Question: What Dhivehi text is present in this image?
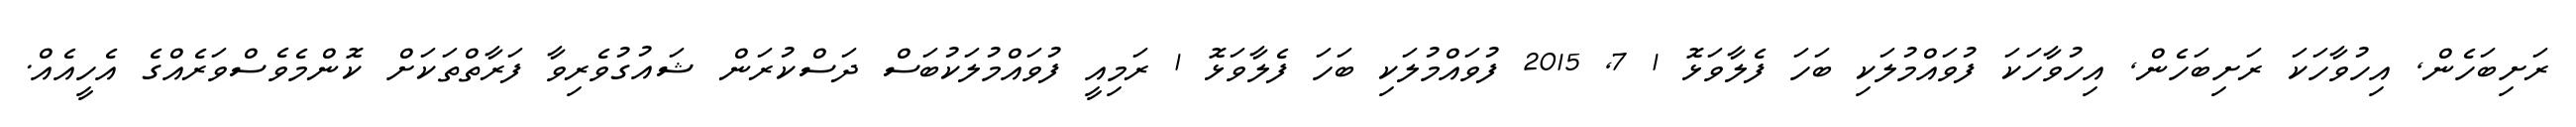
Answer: ރަށިބަހެން, އިހުވާހަކަ ރަށިބަހެން, އިހުވާހަކަ ފުވައްމުލަކި ބަހަ ފެލާވަޅޮ 1 7, 2015 ފުވައްމުލަކި ބަހަ ފެލާވަޅޮ 1 ރަމިއީ ފުވައްމުލަކުބަސް ދަސްކުރަން ޝައުގުވެރިވާ ފަރާތްތަކަށް ކޮންމެވެސްވަރެއްގެ އެހީއެއް.